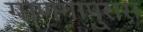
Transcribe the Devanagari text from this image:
गाणगापुरास